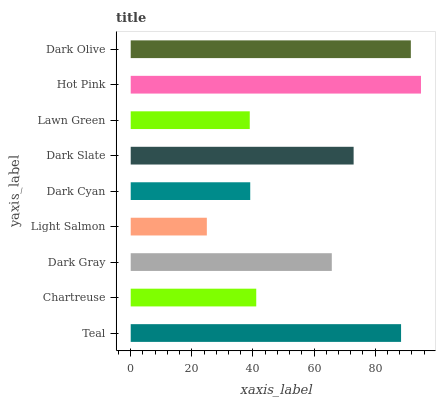
| yaxis_label | bars |
 | --- | --- |
 | Teal | 88.5 |
 | Chartreuse | 41.1 |
 | Dark Gray | 65.8 |
 | Light Salmon | 24.9 |
 | Dark Cyan | 39.1 |
 | Dark Slate | 72.9 |
 | Lawn Green | 39 |
 | Hot Pink | 95 |
 | Dark Olive | 91.7 |